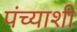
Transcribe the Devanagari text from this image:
पंच्याशी